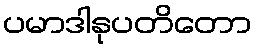
ပမာဒါနုပတိတော